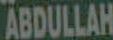
ABDULLAH